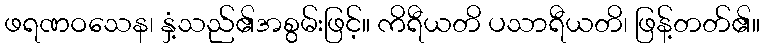
ဖရဏဝသေန၊ နှံ့သည်၏အစွမ်းဖြင့်။ ကိရီယတိ ပသာရီယတိ၊ ဖြန့်တတ်၏။